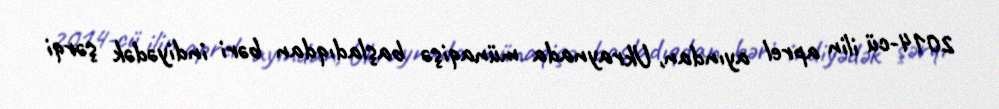
2014-cü ilin aprel ayından, Ukraynada münaqişə başladıqdan bəri indiyədək şərqi